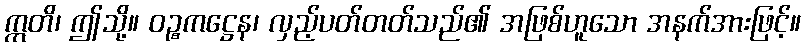
ဣတိ၊ ဤသို့။ ဝဉ္စကဋ္ဌေန၊ လှည့်ပတ်တတ်သည်၏ အဖြစ်ဟူသော အနက်အားဖြင့်။